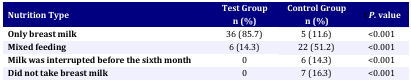
<table><thead><tr><td rowspan="2"><b>Nutrition Type</b></td><td><b>Test Group</b></td><td><b>Control Group</b></td><td rowspan="2"><b>t <i>P. </i>value</b></td></tr><tr><td><b>n (%)</b></td><td><b>n (%)</b></td></tr></thead><tbody><tr><td><b>Only breast milk</b></td><td>36 (85.7)</td><td>5 (11.6)</td><td>&lt;0.001</td></tr><tr><td><b>Mixed feeding</b></td><td>6 (14.3) </td><td>22 (51.2) </td><td>&lt;0.001</td></tr><tr><td><b>Milk</b><b>was interrupted</b><b>before</b><b>the sixth month</b></td><td>0</td><td>6 (14.3)</td><td>&lt;0.001</td></tr><tr><td><b>Did not take breast milk</b></td><td>0</td><td>7 (16.3)</td><td>&lt;0.001</td></tr></tbody></table>